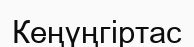
Кеңүңгіртас